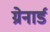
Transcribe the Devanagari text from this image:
ग्रेनार्ड